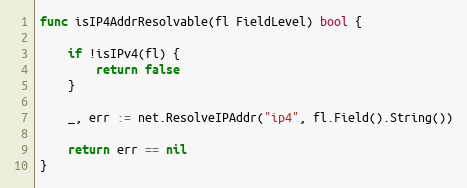
Language: Go
func isIP4AddrResolvable(fl FieldLevel) bool {

	if !isIPv4(fl) {
		return false
	}

	_, err := net.ResolveIPAddr("ip4", fl.Field().String())

	return err == nil
}